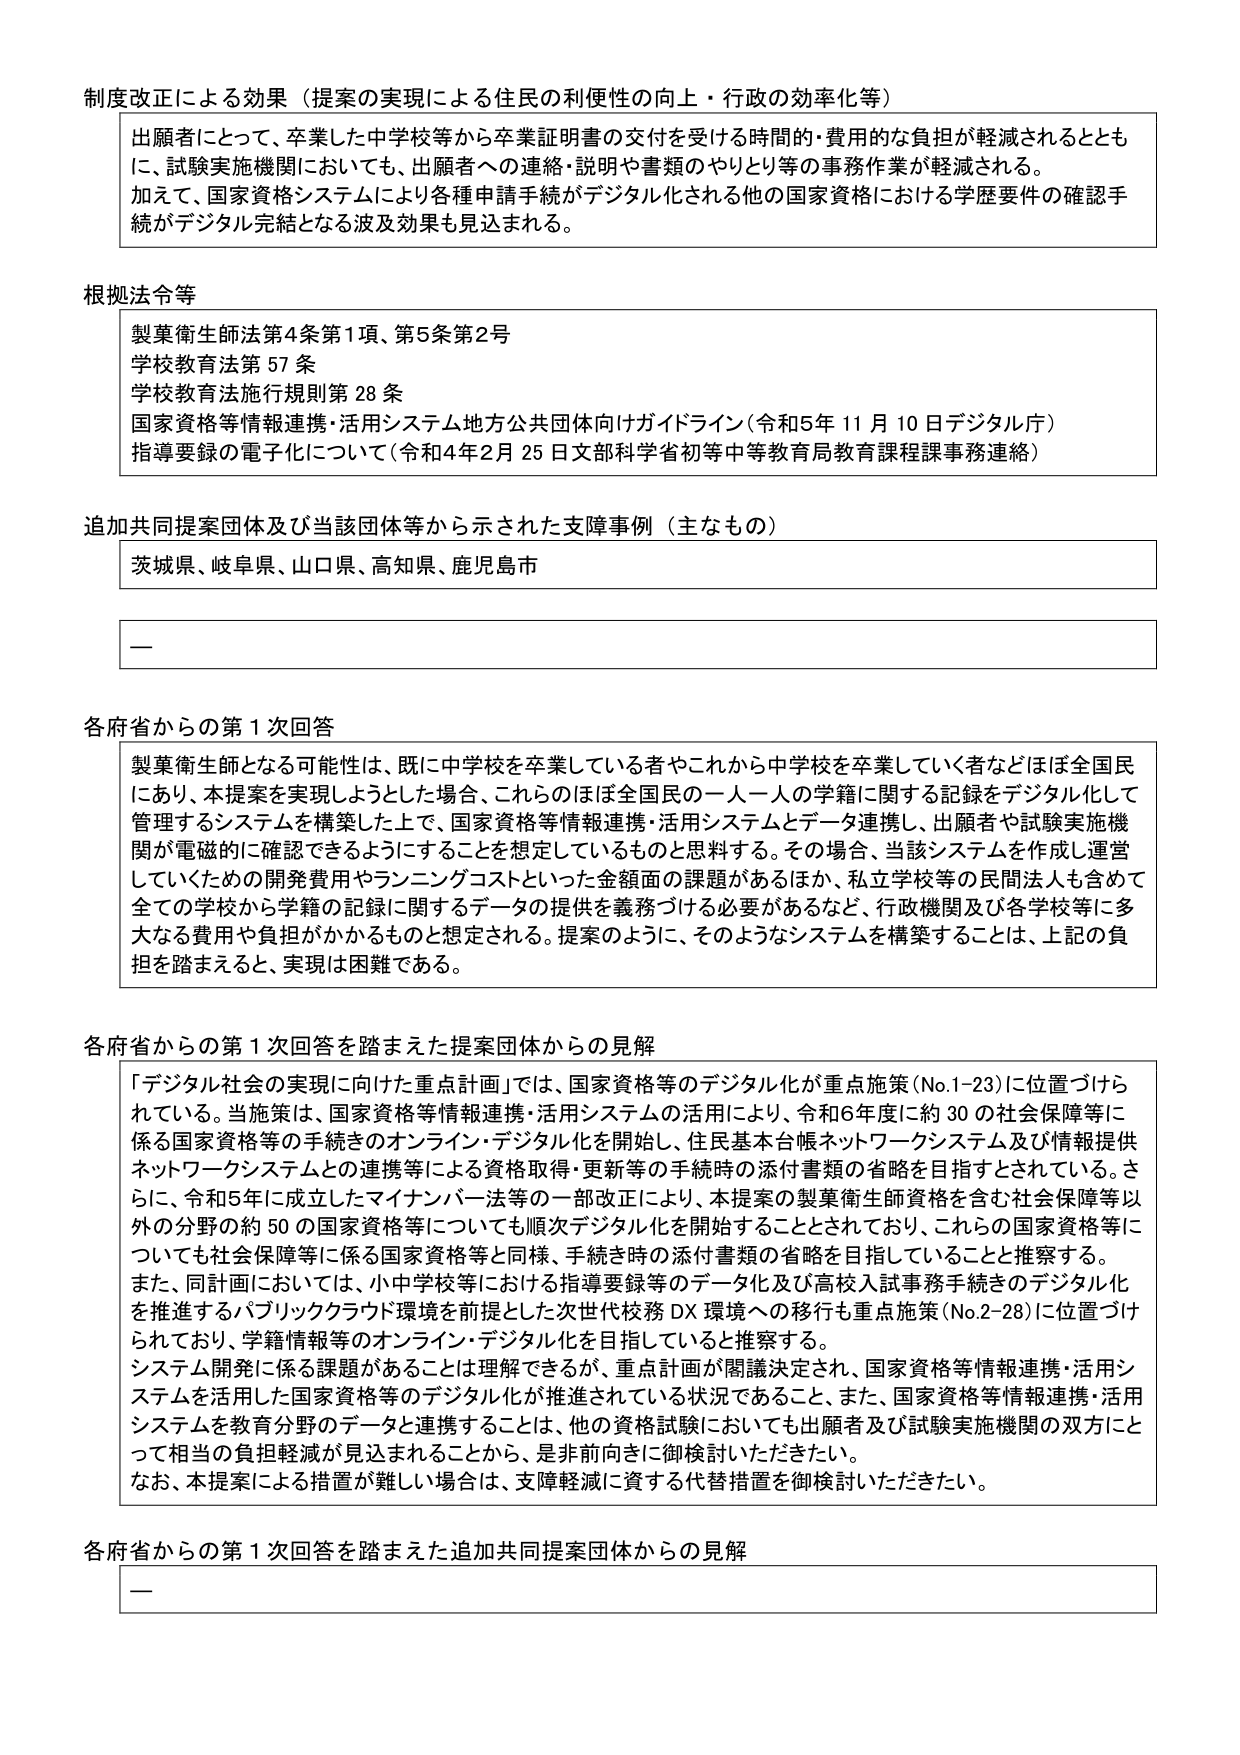
制度改正による効果（提案の実現による住民の利便性の向上・行政の効率化等）

出願者にとって、卒業した中学校等から卒業証明書の交付を受ける時間的・費用的な負担が軽減されるとともに、試験実施機関においても、出願者への連絡・説明や書類のやりとり等の事務作業が軽減される。加えて、国家資格システムにより各種申請手続がデジタル化される他の国家資格における学歴要件の確認手続がデジタル完結となる波及効果も見込まれる。

根拠法令等

製薬衛生師法第4条第1項、第5条第2号
学校教育法第57条
学校教育法施行規則第28条
国家資格等情報連携・活用システム地方公共団体向けガイドライン（令和5年11月10日デジタル庁）
指導要録の電子化について（令和4年2月25日文部科学省初等中等教育局教育課程課事務連絡）

追加共同提案団体及び当該団体等から示された支援事例（主なもの）

茨城県、岐阜県、山口県、高知県、鹿児島市

—

各府省からの第1次回答

製薬衛生師となる可能性は、既に中学校を卒業している者やこれから中学校を卒業していく者などほぼ全国民にあり、本提案を実現しようとした場合、これらのほぼ全国民の一人一人の学籍に関する記録をデジタル化して管理するシステムを構築した上で、国家資格等情報連携・活用システムとデータ連携し、出願者や試験実施機関が電磁的に確認できるようにすることを想定しているものと思料する。その場合、当該システムを作成し運営していくための開発費用やランニングコストといった金額面の課題があるほか、私立学校等の民間法人も含めて全ての学校から学籍の記録に関するデータの提供を義務づける必要があるなど、行政機関及び各学校等に多大なる費用や負担がかかるものと想定される。提案のように、そのようなシステムを構築することは、上記の負担を踏まえると、実現は困難である。

各府省からの第1次回答を踏まえた提案団体からの見解

「デジタル社会の実現に向けた重点計画」では、国家資格等のデジタル化が重点施策（No.1-23）に位置づけられている。当施策は、国家資格等情報連携・活用システムの活用により、令和6年度に約30の社会保障等に係る国家資格等の手続きのオンライン・デジタル化を開始し、住民基本台帳ネットワークシステム及び情報提供ネットワークシステムとの連携等による資格取得・更新等の手続時の添付書類の省略を目指すとされている。さらに、令和5年に成立したマイナンバー法等の一部改正により、本提案の製薬衛生師資格を含む社会保障等以外の分野の約50の国家資格等についても順次デジタル化を開始することとされており、これらの国家資格等についても社会保障等に係る国家資格等と同様、手続き時の添付書類の省略を目指していることと推察する。また、同計画においては、小中学校等における指導要録等のデータ化及び高校入試事務手続きのデジタル化を推進するパブリッククラウド環境を前提とした次世代校務DX環境への移行も重点施策（No.2-28）に位置づけられており、学籍情報等のオンライン・デジタル化を目指していると推察する。システム開発に係る課題があることは理解できるが、重点計画が閣議決定され、国家資格等情報連携・活用システムを活用した国家資格等のデジタル化が推進されている状況であること、また、国家資格等情報連携・活用システムを教育分野のデータと連携することは、他の資格試験においても出願者及び試験実施機関の双方にとって相当の負担軽減が見込まれることから、是非前向きに御検討いただきたい。なお、本提案による措置が難しい場合は、支障軽減に資する代替措置を御検討いただきたい。

各府省からの第1次回答を踏まえた追加共同提案団体からの見解

—